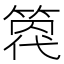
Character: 𥰒